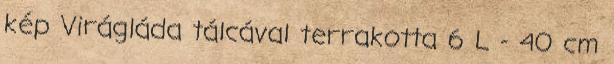
kép Virágláda tálcával terrakotta 6 L - 40 cm